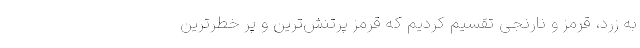
به زرد، قرمز و نارنجی تقسیم کردیم که قرمز پرتنش‌ترین و پر خطرترین